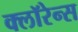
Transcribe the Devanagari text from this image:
क्लॉरेन्स